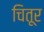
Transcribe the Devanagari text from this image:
चितूर